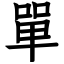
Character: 單